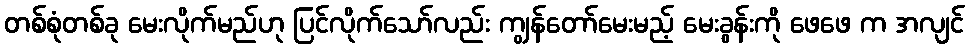
တစ်စုံတစ်ခု မေးလိုက်မည်ဟု ပြင်လိုက်သော်လည်း ကျွန်တော်မေးမည့် မေးခွန်းကို ဖေဖေ က အလျင်